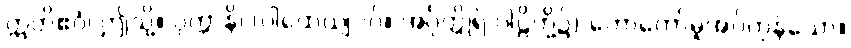
ဣတိဧဝံ၊ ဤသို့။ ဝုတ္တာနိ၊ (ပါထေယျဝဂ်။ အင်္ဂုတ္တိုရ် ပါဠိတို့၌) ဟောတော်မူအပ်ကုန်သော။